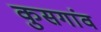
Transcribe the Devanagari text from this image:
कुसगांव